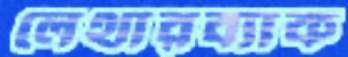
লেথারব্যাক